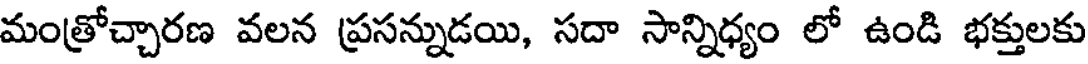
మంత్రోచ్చారణ వలన ప్రసన్నుడయి, సదా సాన్నిధ్యం లో ఉండి భక్తులకు